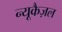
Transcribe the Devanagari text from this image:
न्यूकैज़ल